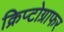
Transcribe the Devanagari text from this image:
क्रिप्टोग्राफर